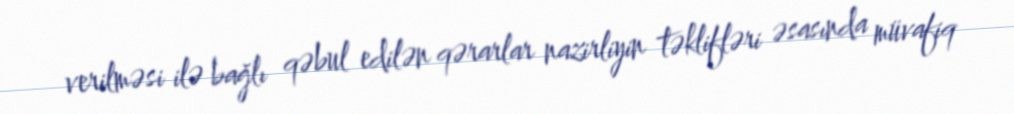
verilməsi ilə bağlı qəbul edilən qərarlar nazirliyin təklifləri əsasında müvafiq